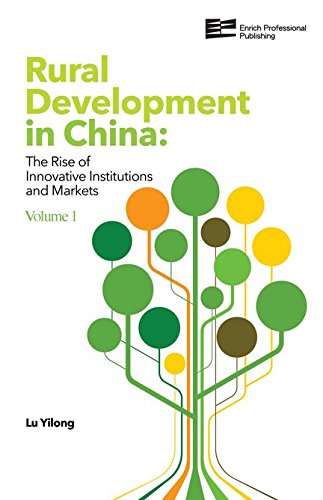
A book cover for Rural Development in China: The Rise of Innovative Institutions and Markets (Volume 1); Lu Yilong; Business & Money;